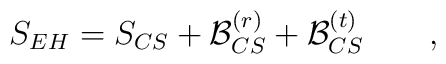
S_{EH}=S_{CS}+{\cal B}_{CS}^{(r)} +{\cal B}_{CS}^{(t)} \qquad ,